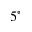
5 ^ { \circ }